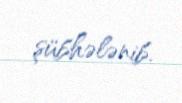
şübhələnib.